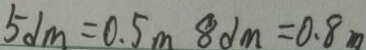
5 d m = 0 . 5 m 8 d m = 0 . 8 m